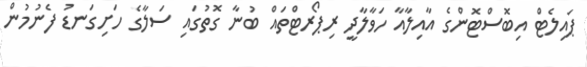
ޕައިލެޓް އިބޮސްޓޮންގެ އާއިލާއާ ހަވާލާދީ ރިޕޯރޓްތައް ބުނާ ގޮތުގައި ސަލާގެ ހަށިގަނޑު ފެނުމުން